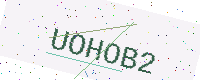
Text: UOHOB2